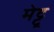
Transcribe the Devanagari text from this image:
मेट्टू